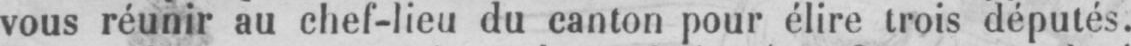
vous réunir au chef-lieu du canton pour élire trois députés.